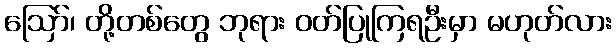
ဩော်၊ တို့တစ်တွေ ဘုရား ဝတ်ပြုကြရဦးမှာ မဟုတ်လား